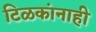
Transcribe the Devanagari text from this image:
टिळकांनाही